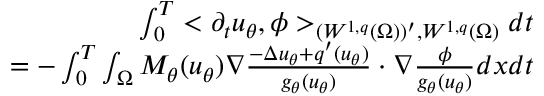
\begin{array} { r l r } & { } & { \int _ { 0 } ^ { T } < \partial _ { t } u _ { \theta } , \phi > _ { ( W ^ { 1 , q } ( \Omega ) ) ^ { \prime } , W ^ { 1 , q } ( \Omega ) } d t } \\ & { } & { = - \int _ { 0 } ^ { T } \int _ { \Omega } M _ { \theta } ( u _ { \theta } ) \nabla \frac { - \Delta u _ { \theta } + q ^ { \prime } ( u _ { \theta } ) } { g _ { \theta } ( u _ { \theta } ) } \cdot \nabla \frac { \phi } { g _ { \theta } ( u _ { \theta } ) } d x d t } \end{array}